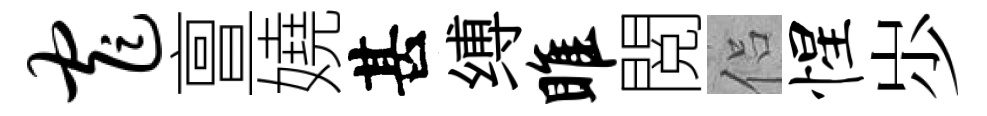
窄亶嬈甚缚雎閲侣惺𡵯